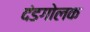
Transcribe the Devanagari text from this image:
दंडगोलक